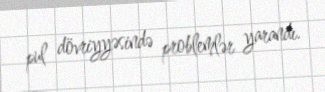
pul dövriyyəsində problemlər yarandı.